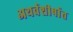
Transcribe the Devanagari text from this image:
अथर्वशीर्षात